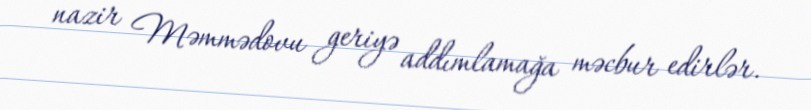
nazir Məmmədovu geriyə addımlamağa məcbur edirlər.